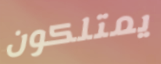
يمتلكون